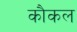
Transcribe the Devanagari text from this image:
कौकल